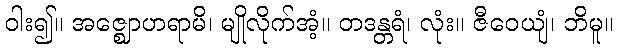
ဝါး၍။ အဇ္ဈောဟရာမိ၊ မျိုလိုက်အံ့။ တဒန္တရံ၊ လုံး။ ဇီဝေယျံ၊ ဘိမူ။